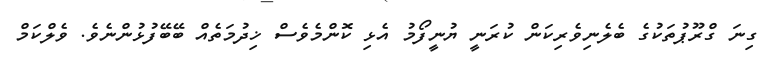
ގިނަ ގްރޫޕުތަކުގެ ބެލެނިވެރިކަން ކުރަނީ ޔުނީފޯމު އެޅި ކޮންމެވެސް ޚިދުމަތެއް ބޭބޭފުޅުންނެވެ. ވެލްކަމް